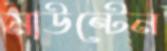
মাউন্টেন